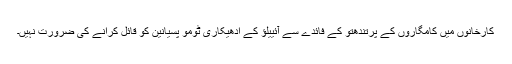
کارخانوں میں کامگاروں کے پرتندھتو کے فائدے سے آئییلؤ کے ادھیکاری ٹومو پسیانین کو قائل کرانے کی ضرورت نہیں۔